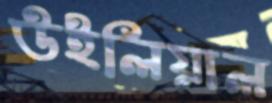
উইলিয়াল